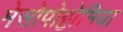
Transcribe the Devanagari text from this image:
मेसोपोट्टोमिया